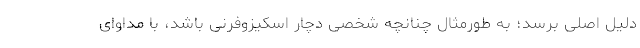
دلیل اصلی برسد؛ به طورمثال چنانچه شخصی دچار اسکیزوفرنی باشد، با مداوای